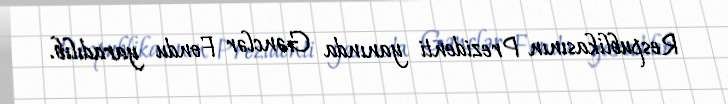
Respublikasının Prezidenti yanında Gənclər Fondu yaradılıb.